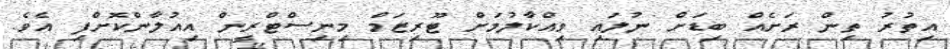
އިތުރު ތިން ރަށެއް ބިޑަށް ނުލައި ވިއްކާލުމަށް ޓޫރިޒަމް މިނިސްޓްރީން އިއުލާންކޮށްފި އެވެ.